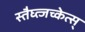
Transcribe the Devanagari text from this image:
स्तैघ्त्जच्केत्स्